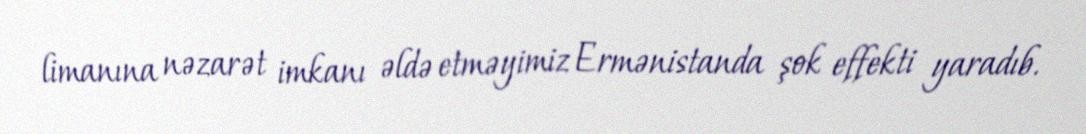
limanına nəzarət imkanı əldə etməyimiz Ermənistanda şok effekti yaradıb.